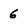
Character: 6